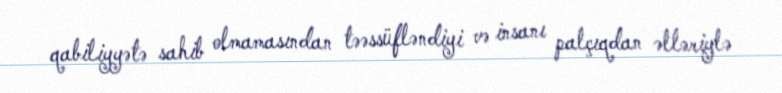
qabiliyyətə sahib olmamasından təəssüfləndiyi və insanı palçıqdan əlləriylə